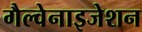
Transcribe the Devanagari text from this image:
गैल्वेनाइजेशन